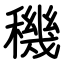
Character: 穖